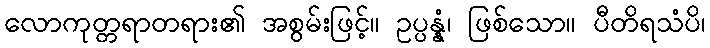
လောကုတ္တရာတရား၏ အစွမ်းဖြင့်။ ဥပ္ပန္နံ၊ ဖြစ်သော။ ပီတိရသံပိ၊